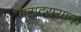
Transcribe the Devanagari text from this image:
गटादरम्यान